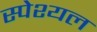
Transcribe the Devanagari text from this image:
स्पेश्यल